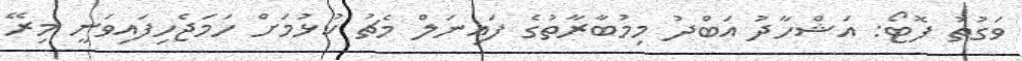
ވަގުތު ފޮޓޯ: އަޝްހާދު އަބްދު މިމުބާރާތުގެ ފައިނަލް މެޗު ކުޅުމަށް ހަމަޖެހިފައިވަނީ މިރޭ